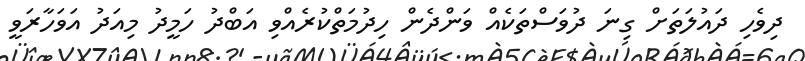
ދިވެހި ދައުލަތަށް ގިނަ ދުވަސްތަކެއް ވަންދެން ހިދުމަތްކުރެއްވި އަބްދު ހަމީދު މިއަދު އަވަހާރަވީ